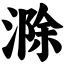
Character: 滁